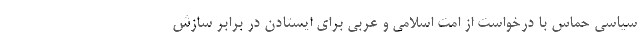
سیاسی حماس با درخواست از امت اسلامی و عربی برای ایستادن در برابر سازش